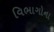
વિભાગોના